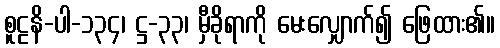
စူဠနိ-ပါ-၁၃၄၊ ဋ္ဌ-၃၃၊ မှီခိုရာကို မေးလျှောက်၍ ဖြေထား၏။